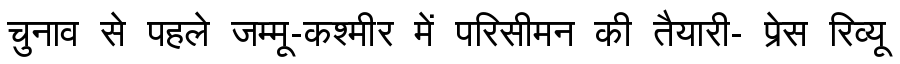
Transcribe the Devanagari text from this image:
चुनाव से पहले जम्मू-कश्मीर में परिसीमन की तैयारी- प्रेस रिव्यू